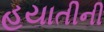
હયાતીની